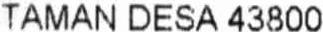
TAMAN DESA 43800